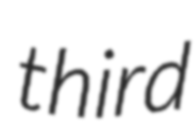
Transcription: third